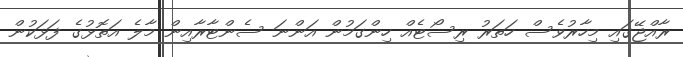
ރާއްޖޭގައި މިހާރުވެސް ހަތަރު ރިސޯޓެއް ހިންގަމުން އަންނަ ސެންޓާރާއިން މާލެ އަތޮޅުގެ ފަޅަކުން